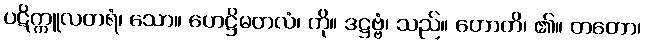
ပဋိက္ကူလတရံ၊ သော။ ဟေဋ္ဌိမတလံ၊ ကို။ ဒဋ္ဌဗ္ဗံ၊ သည်။ ဟောတိ၊ ၏။ တတော၊